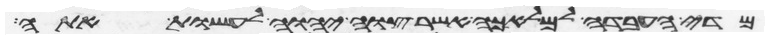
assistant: מדי העבדה למלאכה אשר צוה יהוה לעשות אתה